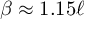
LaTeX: \beta \approx 1 . 1 5 \ell